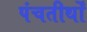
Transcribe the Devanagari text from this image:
पंचतीर्थों